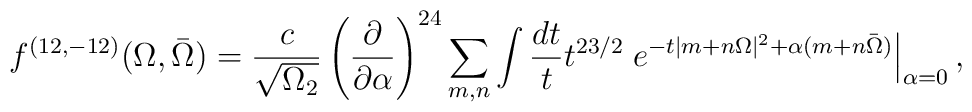
{f^{(12,-12)} (\Omega,\bar\Omega) ={c\over \sqrt{\Omega_2}}\left({\partial \over \partial\alpha}\right)^{24}\sum_{m,n} \int {dt \over t} t^{23/2}\left.e^{-t|m+ n\Omega|^2 + \alpha (m+ n\bar \Omega)}\right|_{\alpha =0},}